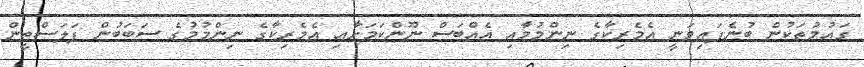
ގައުމުތަކުން ބުނެފައިވަނީ އެމެރިކާގެ ނިންމުމާއި އެއްބަސް ނޫންކަމަށާއި އެމެރިކާގެ ނިންމުމުގެ ސަބަބުން ފަލަސްތީން